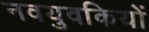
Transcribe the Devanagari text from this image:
नवयुवकियों